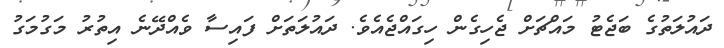
ދައުލަތުގެ ބަޖެޓު މައްޗަށް ޖެހިގެން ހިގައްޖެއެވެ. ދައުލަތަށް ފައިސާ ވެއްދޭނެ އިތުރު މަގުމަގު